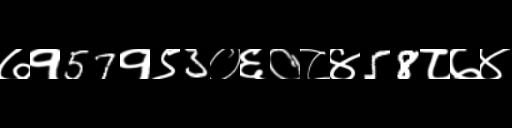
Text: ७१57१९3०६०८४58८७४